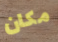
مكان